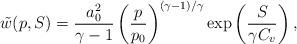
LaTeX: \begin{align*}\tilde{w}(p,S)=\frac{a_0^2}{\gamma-1} \left(\frac{p}{p_0}\right)^{(\gamma-1)/\gamma}\exp\left(\frac{S}{\gamma C_v}\right), \end{align*}